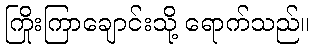
ကြိုးကြာချောင်းသို့ ရောက်သည်။